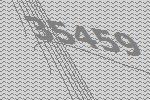
35459